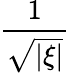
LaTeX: \frac{1}{\sqrt{|\xi|}}